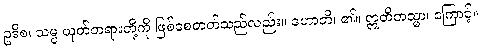
ဥဒိစ၊ သမ္ပ ယုတ်တရားတို့ကို ဖြစ်စေတတ်သည်လည်း။ ဟောတိ၊ ၏။ ဣတိတသ္မာ၊ ကြောင့်။